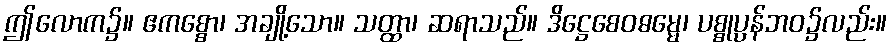
ဤလောက၌။ ဧကစ္စော၊ အချို့သော။ သတ္ထာ၊ ဆရာသည်။ ဒိဋ္ဌေစေဝဓမ္မေ၊ ပစ္စုပ္ပန်ဘဝ၌လည်း။